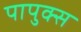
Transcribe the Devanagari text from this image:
पापुक्स